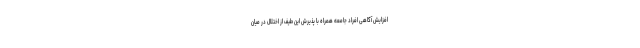
افزایش آگاهی افراد جامعه همراه با پذیرش این طیف از اختلال در میان